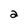
Character: 2